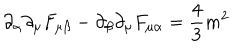
LaTeX: \partial _ { \alpha } \partial _ { \mu } F _ { \mu \beta } - \partial _ { \beta } \partial _ { \mu } F _ { \mu \alpha } = { \frac { 4 } { 3 } } m ^ { 2 }